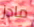
مادز